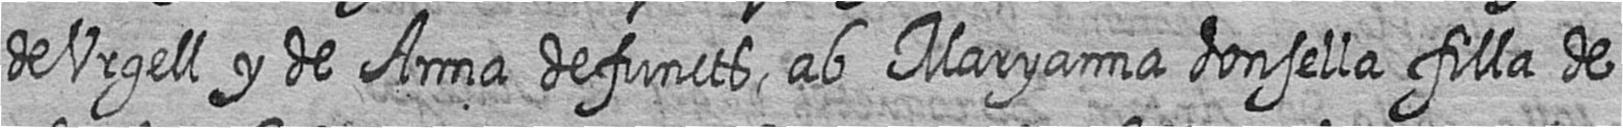
de Urgell y de Anna defuncts ab Maryanna donsella filla de